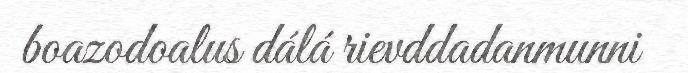
boazodoalus dálá rievddadanmunni